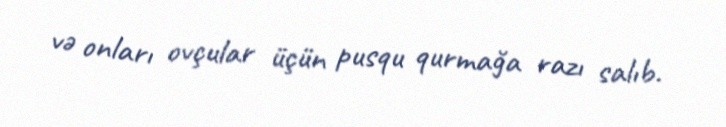
və onları ovçular üçün pusqu qurmağa razı salıb.